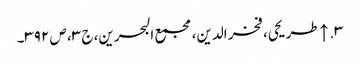
۳. ↑ طریحی، فخر الدین، مجمع البحرین، ج ۳، ص ۳۹۲۔